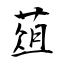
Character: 葅